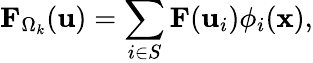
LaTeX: \mathbf{F}_{\Omega_{k}}(\mathbf{u})=\sum_{i\in S}\mathbf{F}(\mathbf{u}_{i})\phi_{i}(\mathbf{x}),